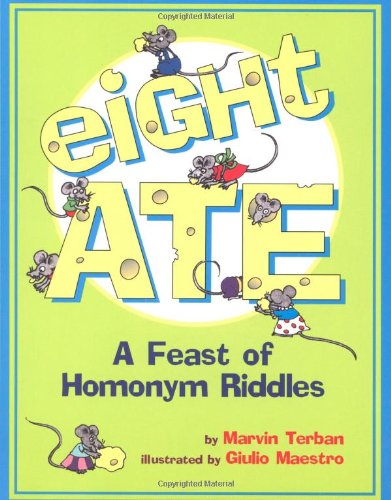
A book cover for Eight Ate: A Feast of Homonym Riddles; Marvin Terban; Children's Books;